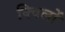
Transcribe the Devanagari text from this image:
क्विलों